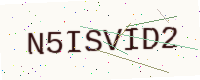
Text: N5ISVID2